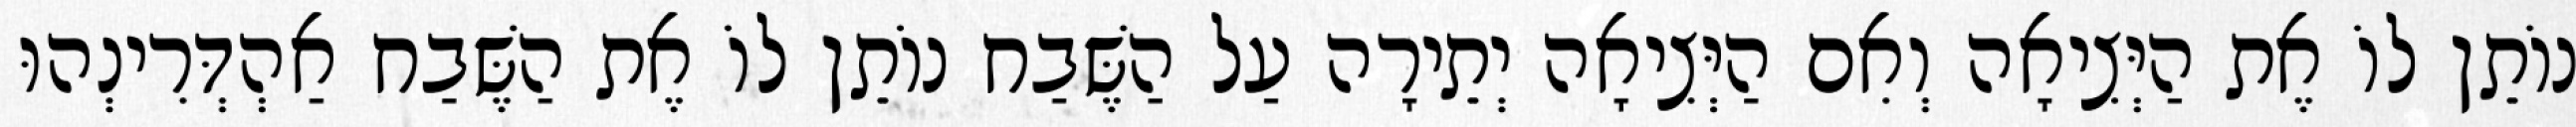
נוֹתֵן לוֹ אֶת הַיְּצִיאָה וְאִם הַיְּצִיאָה יְתֵירָה עַל הַשֶּׁבַח נוֹתֵן לוֹ אֶת הַשֶּׁבַח אַהְדְּרִינְהוּ